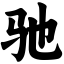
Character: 驰